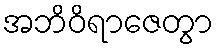
အဘိဝိရာဇေတွာ